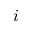
i